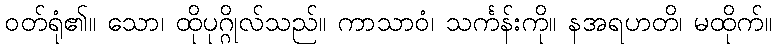
ဝတ်ရုံ၏။ သော၊ ထိုပုဂ္ဂိုလ်သည်။ ကာသာဝံ၊ သင်္ကန်းကို။ နအရဟတိ၊ မထိုက်။